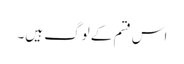
اس قسم کے لوگ ہیں۔